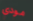
مودي